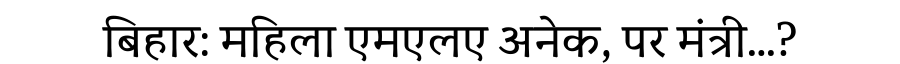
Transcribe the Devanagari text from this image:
बिहार: महिला एमएलए अनेक, पर मंत्री…?